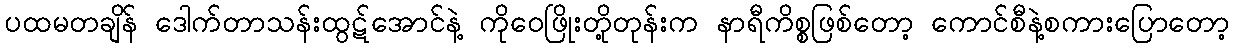
ပထမတချိန် ဒေါက်တာသန်းထွဋ်အောင်နဲ့ ကိုဝေဖြိုးတို့တုန်းက နာရီကိစ္စဖြစ်တော့ ကောင်စီနဲ့စကားပြောတော့